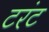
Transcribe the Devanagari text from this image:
टरंट